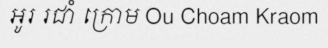
អូរ រជាំ ក្រោម Ou Choam Kraom